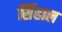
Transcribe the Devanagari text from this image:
सिंहाल